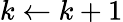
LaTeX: k\gets k+1